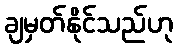
ချမှတ်နိုင်သည်ဟု